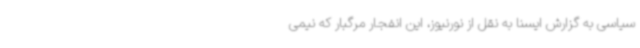
سیاسی به گزارش ایسنا به نقل از نورنیوز، این انفجار مرگبار که نیمی